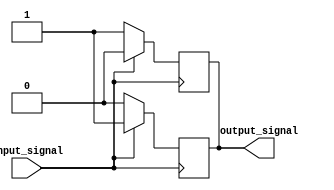
module io_block_push_pull_buffer (
    input wire input_signal,
    output reg output_signal
);

wire pmos_out, nmos_out;

assign pmos_out = input_signal ? 1'b0 : 1'b1;
assign nmos_out = input_signal ? 1'b1 : 1'b0;

always @ (posedge input_signal)
begin
    output_signal <= pmos_out;
end

always @ (negedge input_signal)
begin
    output_signal <= nmos_out;
end

endmodule